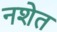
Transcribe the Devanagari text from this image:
नशेत